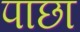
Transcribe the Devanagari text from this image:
पाछा